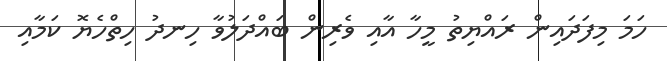
ހަމަ މިފަދައިން ރައްޔިތު މީހާ އާއި ވެރިން ބައްދަލުވާ ހިނދު ހިތްހެޔޮ ކަމާއި